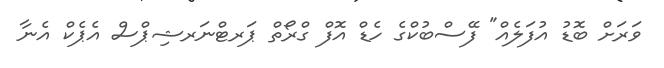
ވަރަށް ބޮޑު އުފަލެއް" ފޭސްބުކްގެ ހެޑް އޮފް ގްރޯތް ޕަރޓްނަރޝިޕްސް އެޕެކް އެނާ